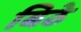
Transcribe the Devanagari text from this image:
बिठे